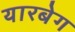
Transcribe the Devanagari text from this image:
यारबेग